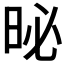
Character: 𪰗